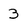
Character: 3